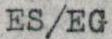
ES/EG